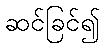
ဆင်ခြင်၍